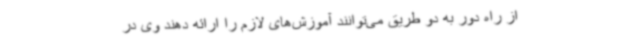
از راه دور به دو طریق می‌توانند آموزش‌های لازم را ارائه دهند وی در